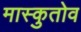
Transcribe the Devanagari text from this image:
मास्कुतोव